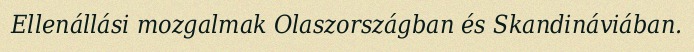
Ellenállási mozgalmak Olaszországban és Skandináviában.